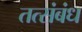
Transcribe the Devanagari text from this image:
तत्संबंध